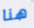
هنا